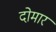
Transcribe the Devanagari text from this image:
दोमार